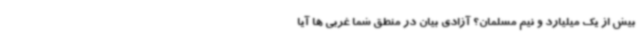
بیش از یک میلیارد و نیم مسلمان؟ آزادی بیان در منطق شما غربی ها آیا